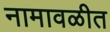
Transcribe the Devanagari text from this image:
नामावळीत